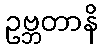
ဥဗ္ဘတာနိ